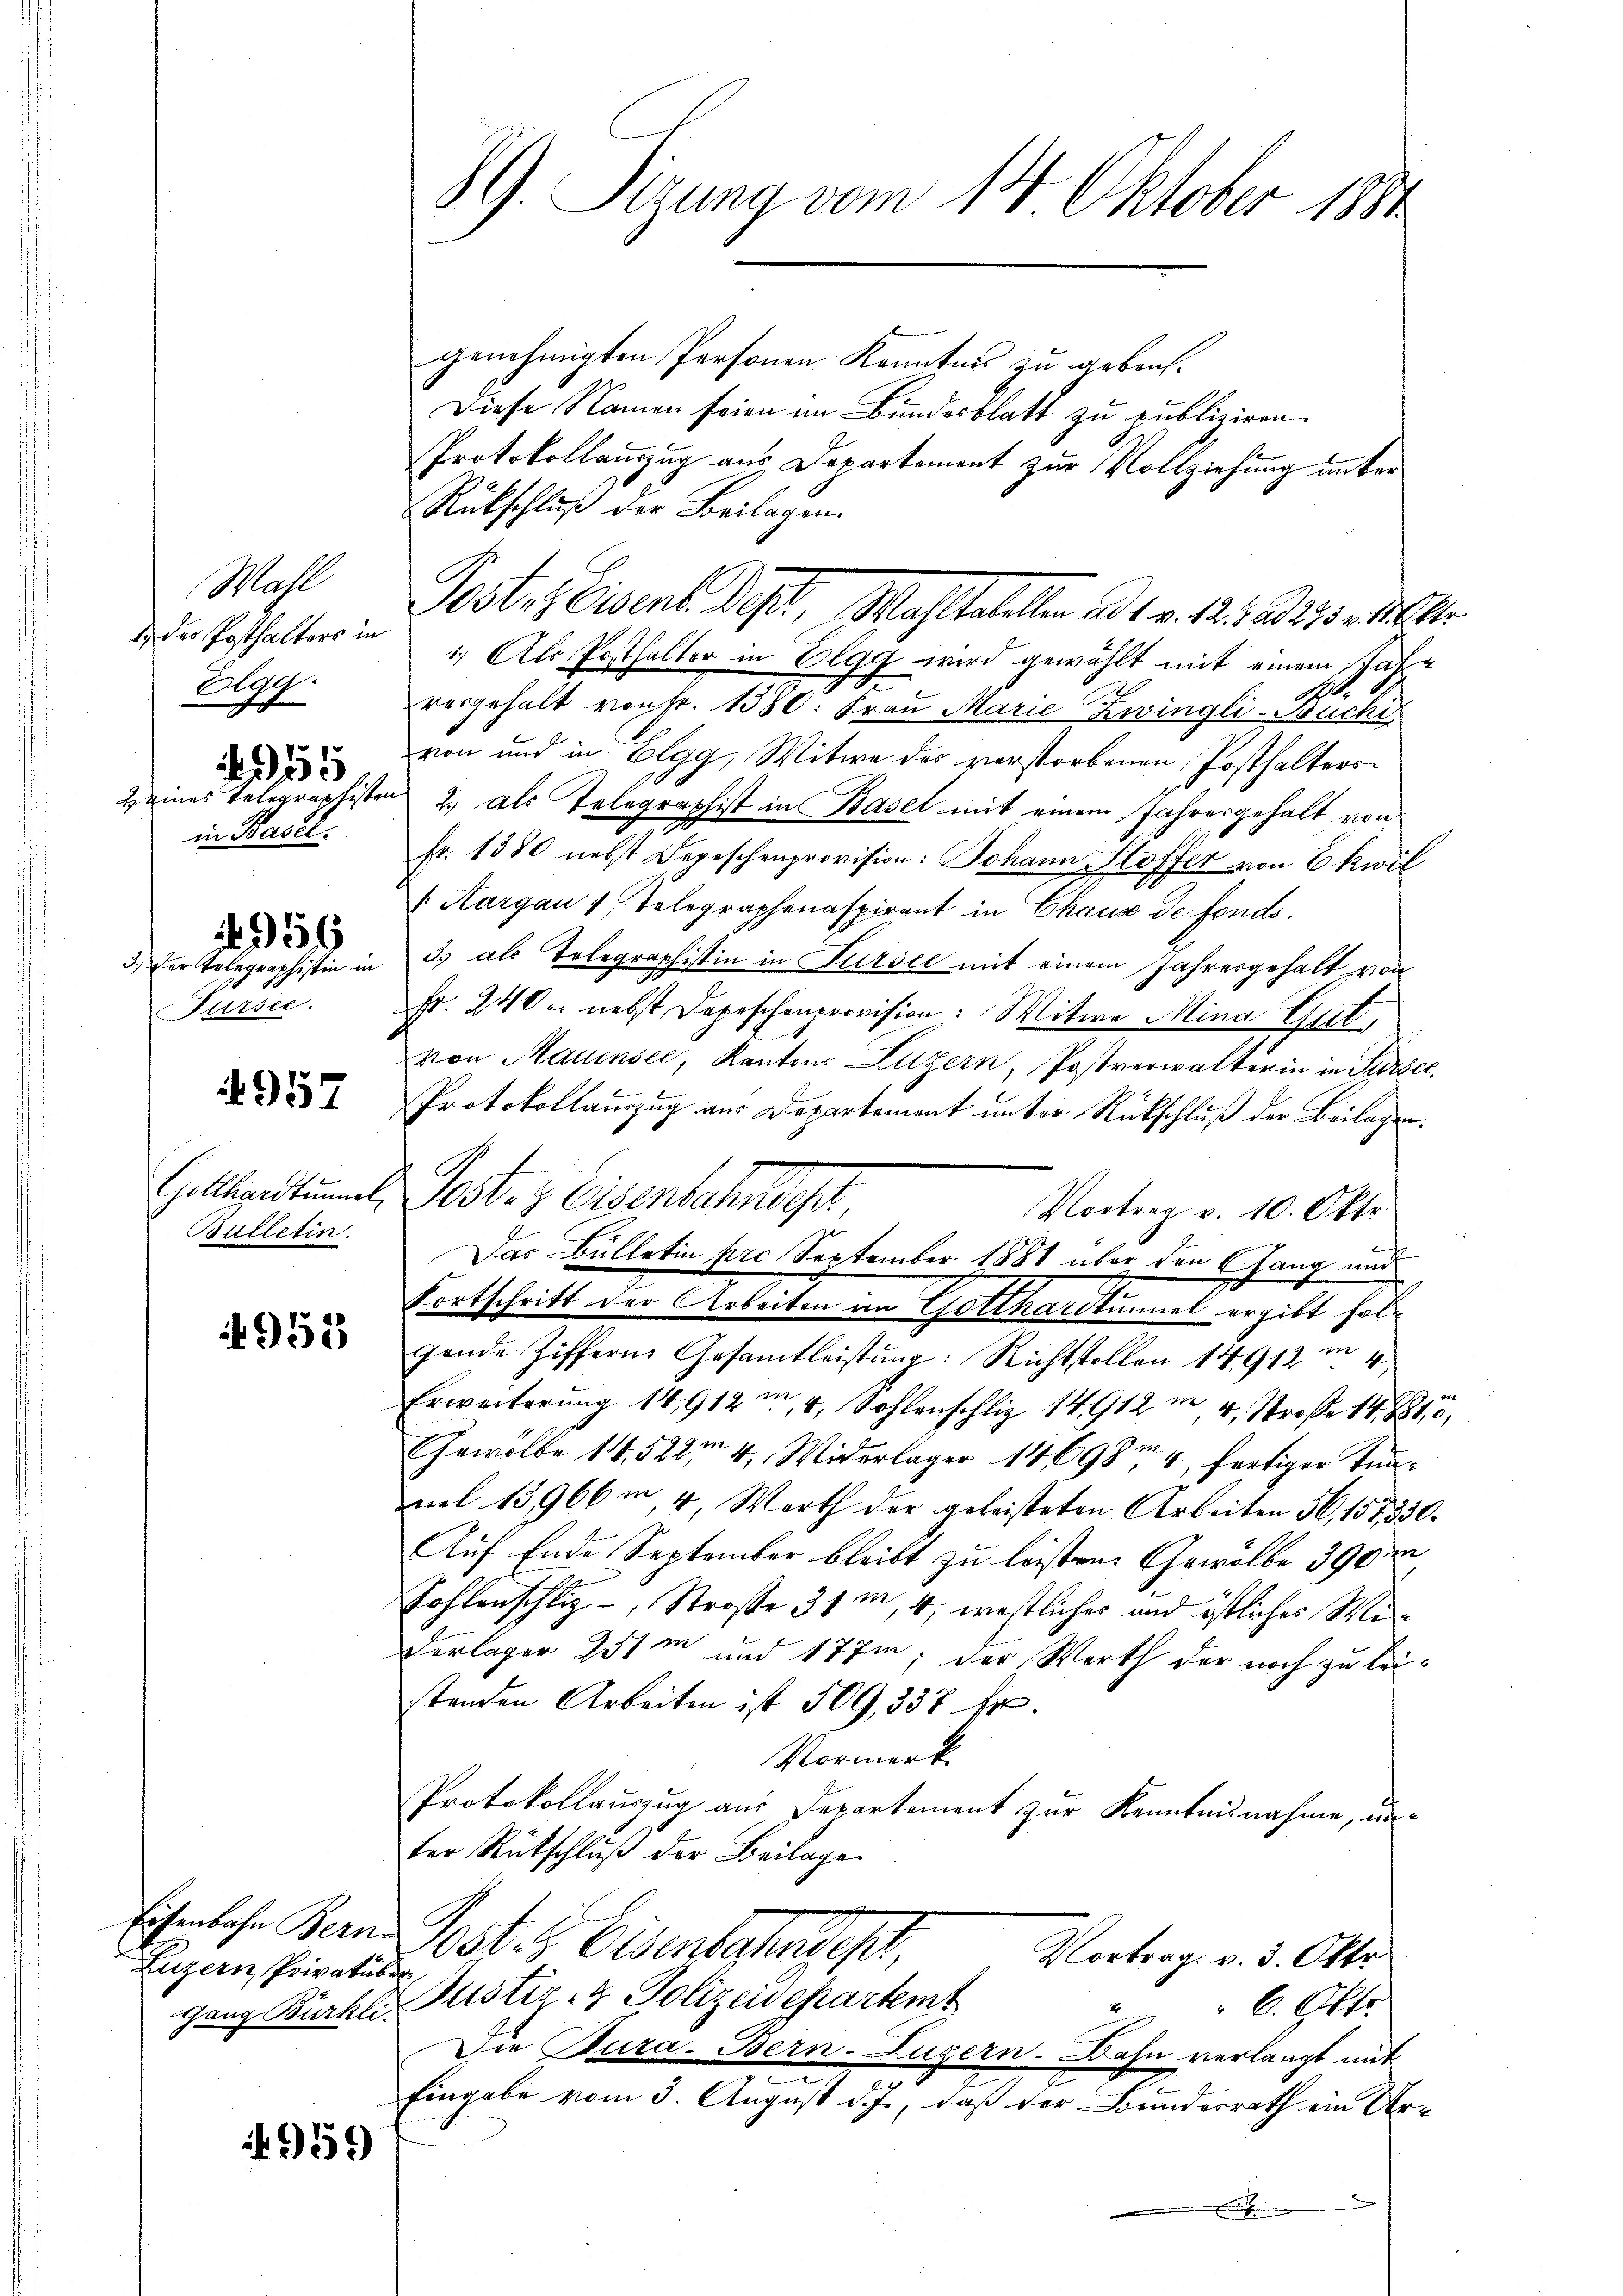
Mahl
) des Posthalters in
Elgg.
55
in Basel.

956

3.) Der Telegraphistin in
u
Fürste.

4957

Bulletin.

4951

Luzern Privatuber,

959

genehmigten Personen Kenntnis zu gebrach¬
Diese Namen seien im Bundesblatt zu publiziren.
Protokollauszug aus Departement zur Vollziehung unter
Rückschluß der Beilagen.
1. Als Posthalter in Elgg wird gewählt mit einem halvorgehalt von Fr. 1380. Frau Marie Zwingli-Buchi
von und in Elgg, Witwe des verstorbenen Posthalters¬
Zeines Telegraphisten & als Telegraphist in Basel mit einem Jahresgehalt von
Fr. 1380 nebst Depeschenprovision: Johann Stoffer von Ekwil
Kargau 1 Telegraphenaspirant in Chause de fonds.
3) als Telegraphistin in Sursee mit einem Jahresgehalt von
fr. 240 u. nebst Depeschenprovision: Witwe Mina Gut,
von Mauensee, Kantons Luzern, Postverwalterin in Sursee,
Protokollauszug aus Departement unter Rückschluß der Beilagen.
Goltigentums Posten Eisenbahneget,
Vortrag v. 10. Okto
Das Bülletin pro September 1881 über den Gang und
Fortschritt der Arbeiten im Gotthardtunnel ergibt halgende Ziffern Gesamtleistŭng: Richtstollen 14912m 4,
Erweiterung 14,912m 4. Sohlenschlig 14912 in 4. Straße 14,88173,
Gewölbe 14. 522m 4. Widerlager 14698m 4. fertiger Tunnel 13966m 4. Werth der geleisteten Arbeiten 56, 157, 330.
Auf Ende September bleibt zu leisten. Gewölbe 390 m
Kohlenschliz-, Straße 31m, 4, westliches und östliches Wi¬
Verlager 251m und 177m; der Werth der noch zu leistenden Arbeiten ist 509, 337 Fr.
Vormerk
Protokollauszug aus Departement zur Kenntnisnahme, un-
ter Rutschluß der Beilage
Eihenlose Bern. Post. Eisenbahnges,
Vortrag. v. 3. Okto
gang Bürkli, Pustiz- & Polizeidepartemt
6. Okto

Die Jura-Bern-Luzern. Bahn verlangt mit
Eingabe vom 3. August d. J., daß der Bundesrath ein Ur-

89. Sizung vom 14. Oktober 1884

Poster Eisens das Wahltabellen ad 1. v. 18. 12751